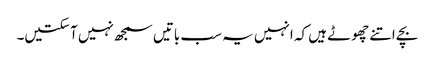
بچے اتنے چھوٹے ہیں کہ انہیں یہ سب باتیں سمجھ نہیں آ سکتیں۔